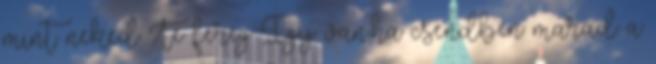
mint neked Te féreg Így van,ha csendben marad a